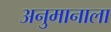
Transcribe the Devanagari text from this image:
अनुमानाला